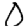
Digit: 0